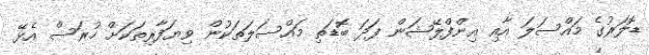
ޑޮލަރުގެ މައްސަލަ އާއި އިންފްލޭޝަން ފަދަ ބޮޑަތި މައްސަލަތަކުން ވިޔަފާރިތަކަށް ހުރަސް އެޅޭ